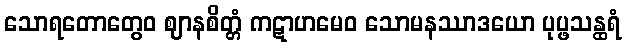
သောရတောတွေဝ ဈာနစိတ္တံ ကဋာဟမေဝ သောမနဿာဒယော ပုပ္ဖသန္ထရံ